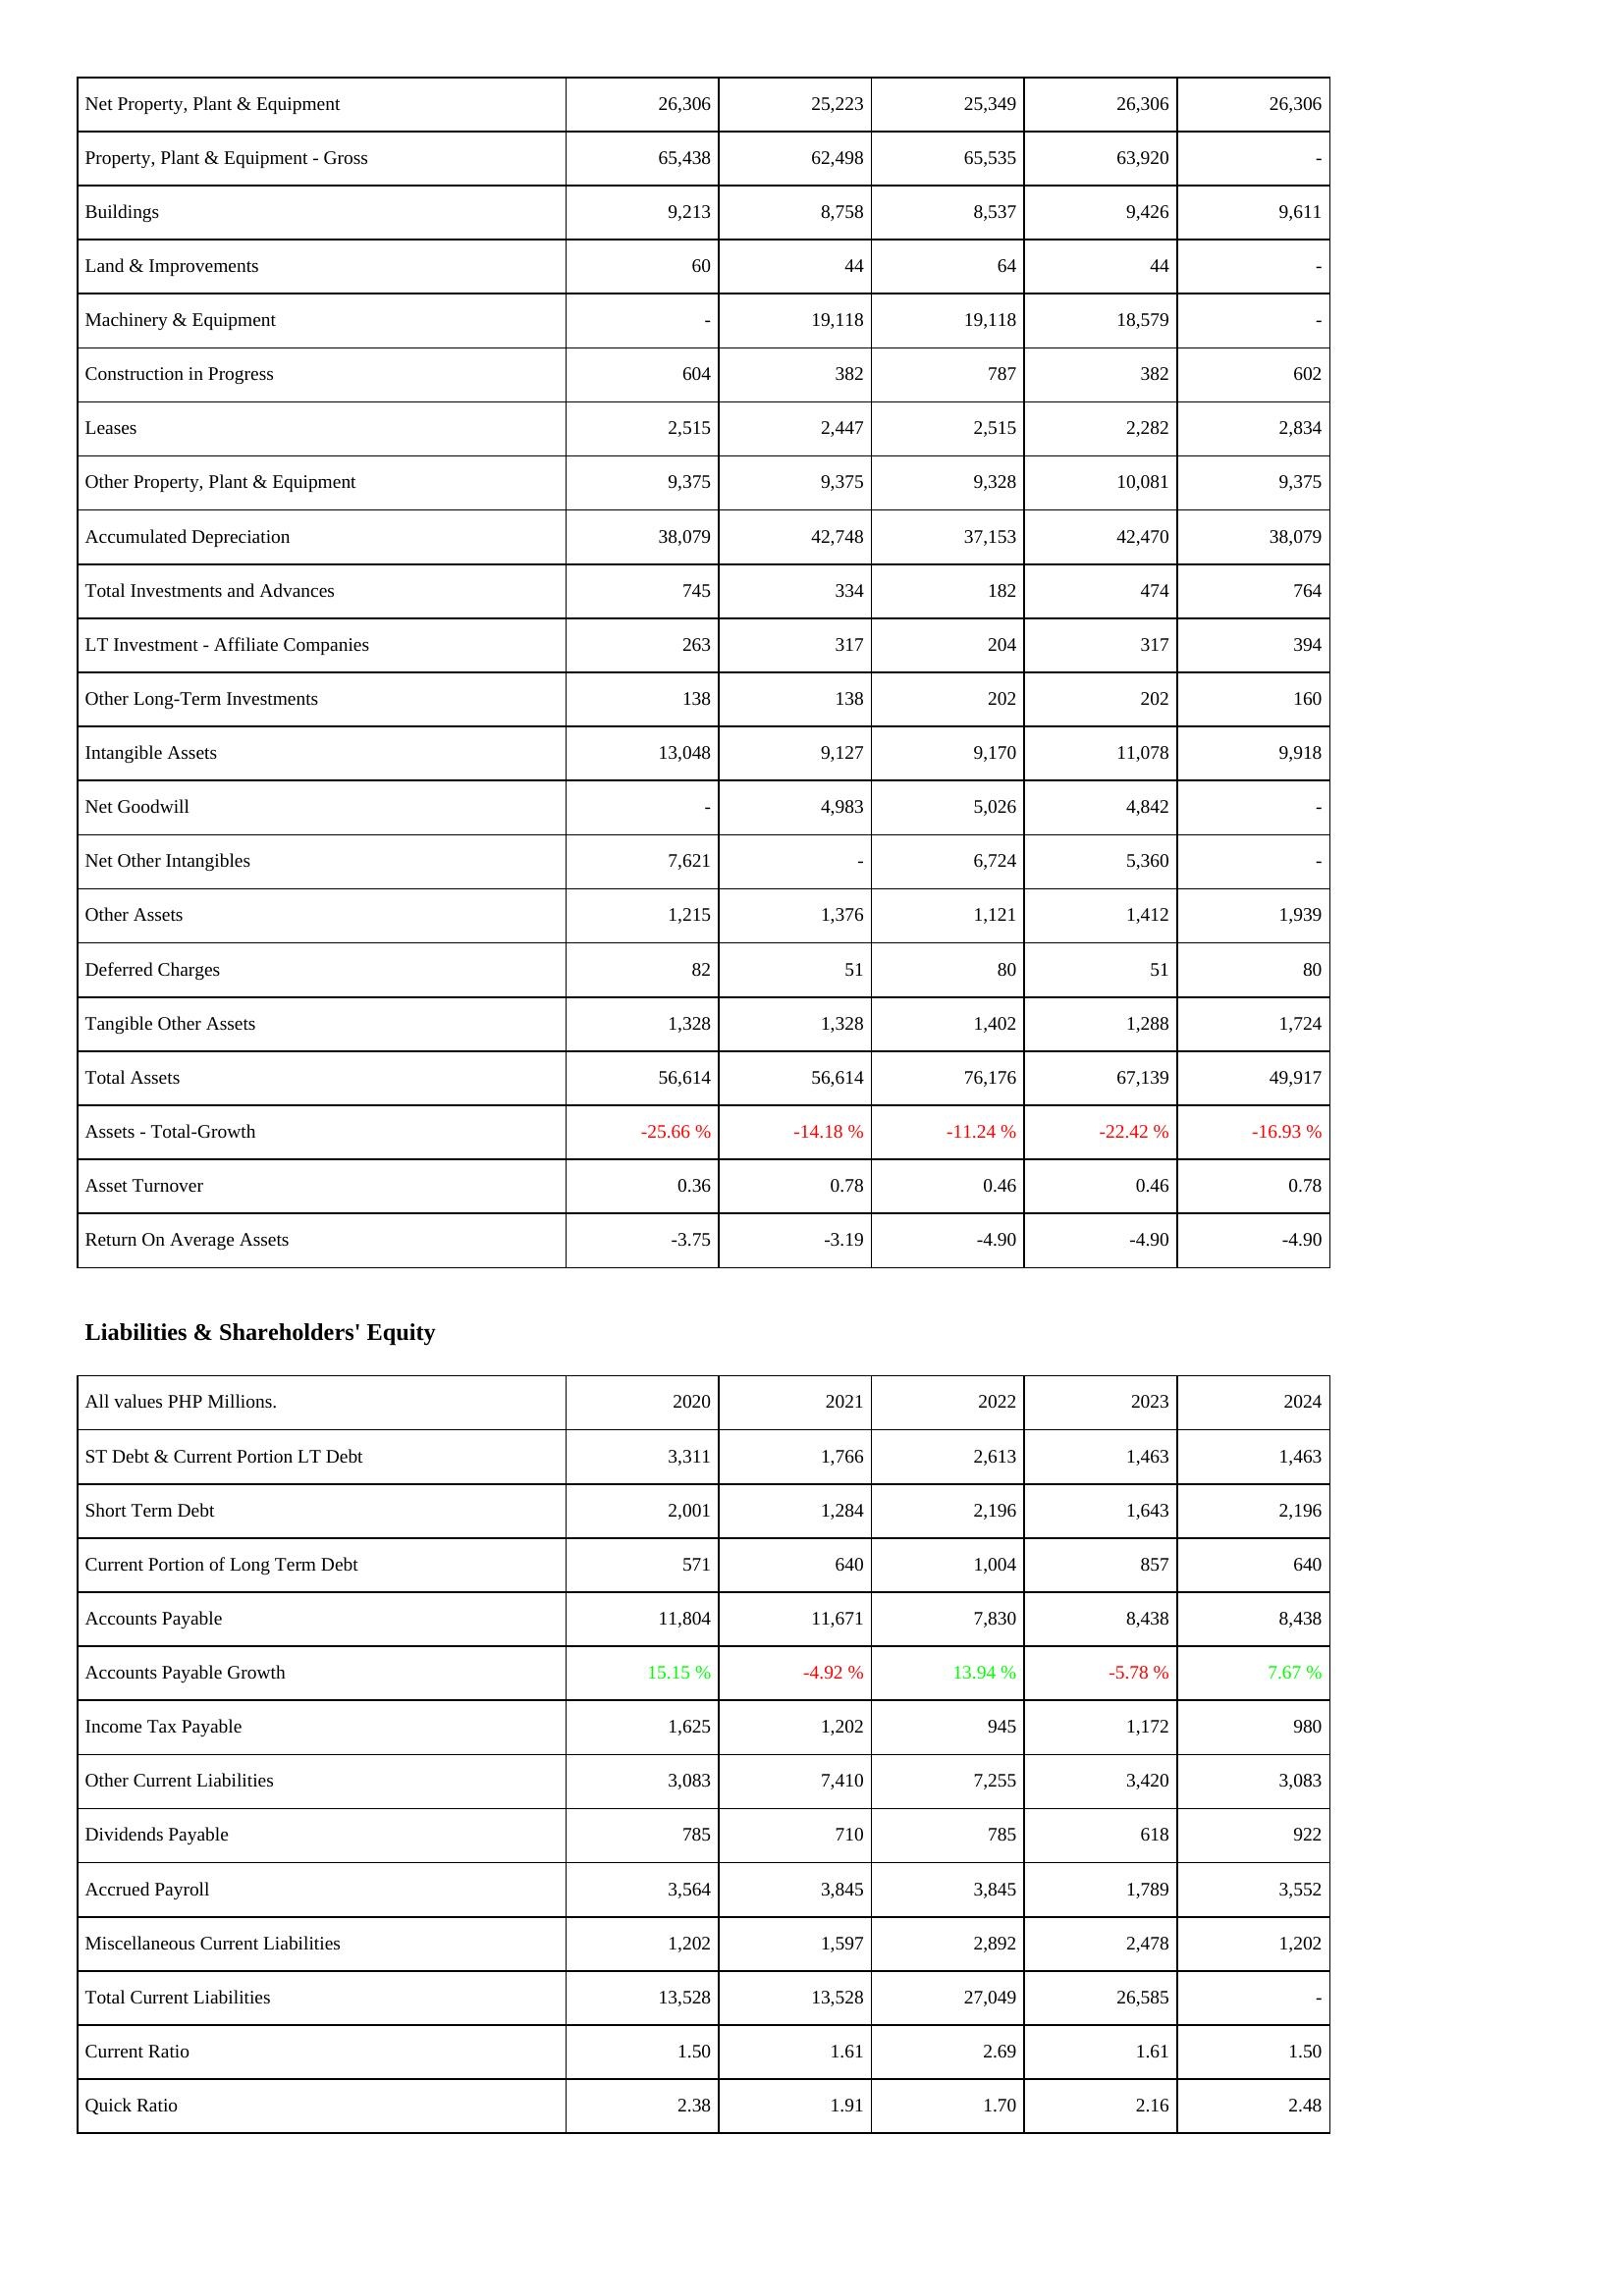
2020: Assets: Net Property, Plant & Equipment: 26,306
Property, Plant & Equipment - Gross: 65,438
Buildings: 9,213
Land & Improvements: 60
Machinery & Equipment: -
Construction in Progress: 604
Leases: 2,515
Other Property, Plant & Equipment: 9,375
Accumulated Depreciation: 38,079
Total Investments and Advances: 745
LT Investment - Affiliate Companies: 263
Other Long-Term Investments: 138
Intangible Assets: 13,048
Net Goodwill: -
Net Other Intangibles: 7,621
Other Assets: 1,215
Deferred Charges: 82
Tangible Other Assets: 1,328
Total Assets: 56,614
Assets - Total-Growth: -25.66 %
Asset Turnover: 0.36
Return On Average Assets: -3.75
Liabilities & Shareholders' Equity: ST Debt & Current Portion LT Debt: 3,311
Short Term Debt: 2,001
Current Portion of Long Term Debt: 571
Accounts Payable: 11,804
Accounts Payable Growth: 15.15 %
Income Tax Payable: 1,625
Other Current Liabilities: 3,083
Dividends Payable: 785
Accrued Payroll: 3,564
Miscellaneous Current Liabilities: 1,202
Total Current Liabilities: 13,528
Current Ratio: 1.50
Quick Ratio: 2.38
2021: Assets: Net Property, Plant & Equipment: 25,223
Property, Plant & Equipment - Gross: 62,498
Buildings: 8,758
Land & Improvements: 44
Machinery & Equipment: 19,118
Construction in Progress: 382
Leases: 2,447
Other Property, Plant & Equipment: 9,375
Accumulated Depreciation: 42,748
Total Investments and Advances: 334
LT Investment - Affiliate Companies: 317
Other Long-Term Investments: 138
Intangible Assets: 9,127
Net Goodwill: 4,983
Net Other Intangibles: -
Other Assets: 1,376
Deferred Charges: 51
Tangible Other Assets: 1,328
Total Assets: 56,614
Assets - Total-Growth: -14.18 %
Asset Turnover: 0.78
Return On Average Assets: -3.19
Liabilities & Shareholders' Equity: ST Debt & Current Portion LT Debt: 1,766
Short Term Debt: 1,284
Current Portion of Long Term Debt: 640
Accounts Payable: 11,671
Accounts Payable Growth: -4.92 %
Income Tax Payable: 1,202
Other Current Liabilities: 7,410
Dividends Payable: 710
Accrued Payroll: 3,845
Miscellaneous Current Liabilities: 1,597
Total Current Liabilities: 13,528
Current Ratio: 1.61
Quick Ratio: 1.91
2022: Assets: Net Property, Plant & Equipment: 25,349
Property, Plant & Equipment - Gross: 65,535
Buildings: 8,537
Land & Improvements: 64
Machinery & Equipment: 19,118
Construction in Progress: 787
Leases: 2,515
Other Property, Plant & Equipment: 9,328
Accumulated Depreciation: 37,153
Total Investments and Advances: 182
LT Investment - Affiliate Companies: 204
Other Long-Term Investments: 202
Intangible Assets: 9,170
Net Goodwill: 5,026
Net Other Intangibles: 6,724
Other Assets: 1,121
Deferred Charges: 80
Tangible Other Assets: 1,402
Total Assets: 76,176
Assets - Total-Growth: -11.24 %
Asset Turnover: 0.46
Return On Average Assets: -4.90
Liabilities & Shareholders' Equity: ST Debt & Current Portion LT Debt: 2,613
Short Term Debt: 2,196
Current Portion of Long Term Debt: 1,004
Accounts Payable: 7,830
Accounts Payable Growth: 13.94 %
Income Tax Payable: 945
Other Current Liabilities: 7,255
Dividends Payable: 785
Accrued Payroll: 3,845
Miscellaneous Current Liabilities: 2,892
Total Current Liabilities: 27,049
Current Ratio: 2.69
Quick Ratio: 1.70
2023: Assets: Net Property, Plant & Equipment: 26,306
Property, Plant & Equipment - Gross: 63,920
Buildings: 9,426
Land & Improvements: 44
Machinery & Equipment: 18,579
Construction in Progress: 382
Leases: 2,282
Other Property, Plant & Equipment: 10,081
Accumulated Depreciation: 42,470
Total Investments and Advances: 474
LT Investment - Affiliate Companies: 317
Other Long-Term Investments: 202
Intangible Assets: 11,078
Net Goodwill: 4,842
Net Other Intangibles: 5,360
Other Assets: 1,412
Deferred Charges: 51
Tangible Other Assets: 1,288
Total Assets: 67,139
Assets - Total-Growth: -22.42 %
Asset Turnover: 0.46
Return On Average Assets: -4.90
Liabilities & Shareholders' Equity: ST Debt & Current Portion LT Debt: 1,463
Short Term Debt: 1,643
Current Portion of Long Term Debt: 857
Accounts Payable: 8,438
Accounts Payable Growth: -5.78 %
Income Tax Payable: 1,172
Other Current Liabilities: 3,420
Dividends Payable: 618
Accrued Payroll: 1,789
Miscellaneous Current Liabilities: 2,478
Total Current Liabilities: 26,585
Current Ratio: 1.61
Quick Ratio: 2.16
2024: Assets: Net Property, Plant & Equipment: 26,306
Property, Plant & Equipment - Gross: -
Buildings: 9,611
Land & Improvements: -
Machinery & Equipment: -
Construction in Progress: 602
Leases: 2,834
Other Property, Plant & Equipment: 9,375
Accumulated Depreciation: 38,079
Total Investments and Advances: 764
LT Investment - Affiliate Companies: 394
Other Long-Term Investments: 160
Intangible Assets: 9,918
Net Goodwill: -
Net Other Intangibles: -
Other Assets: 1,939
Deferred Charges: 80
Tangible Other Assets: 1,724
Total Assets: 49,917
Assets - Total-Growth: -16.93 %
Asset Turnover: 0.78
Return On Average Assets: -4.90
Liabilities & Shareholders' Equity: ST Debt & Current Portion LT Debt: 1,463
Short Term Debt: 2,196
Current Portion of Long Term Debt: 640
Accounts Payable: 8,438
Accounts Payable Growth: 7.67 %
Income Tax Payable: 980
Other Current Liabilities: 3,083
Dividends Payable: 922
Accrued Payroll: 3,552
Miscellaneous Current Liabilities: 1,202
Total Current Liabilities: -
Current Ratio: 1.50
Quick Ratio: 2.48